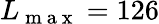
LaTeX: L_{\mathrm{~m~a~x~}}=126